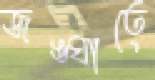
জঙ্ঘাতে